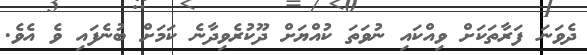
ދެވަނަ ފަރާތަކަށް ވިއްކައި ނުވަތަ ކުއްޔަށް ދޫކުރެވިދާނެ ކަމަށް ބުނެފައި ވެ އެވެ.